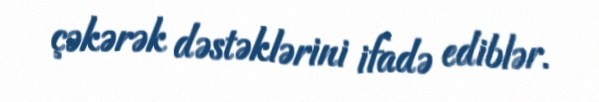
çəkərək dəstəklərini ifadə ediblər.